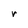
Character: r